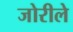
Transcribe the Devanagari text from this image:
जोरीले